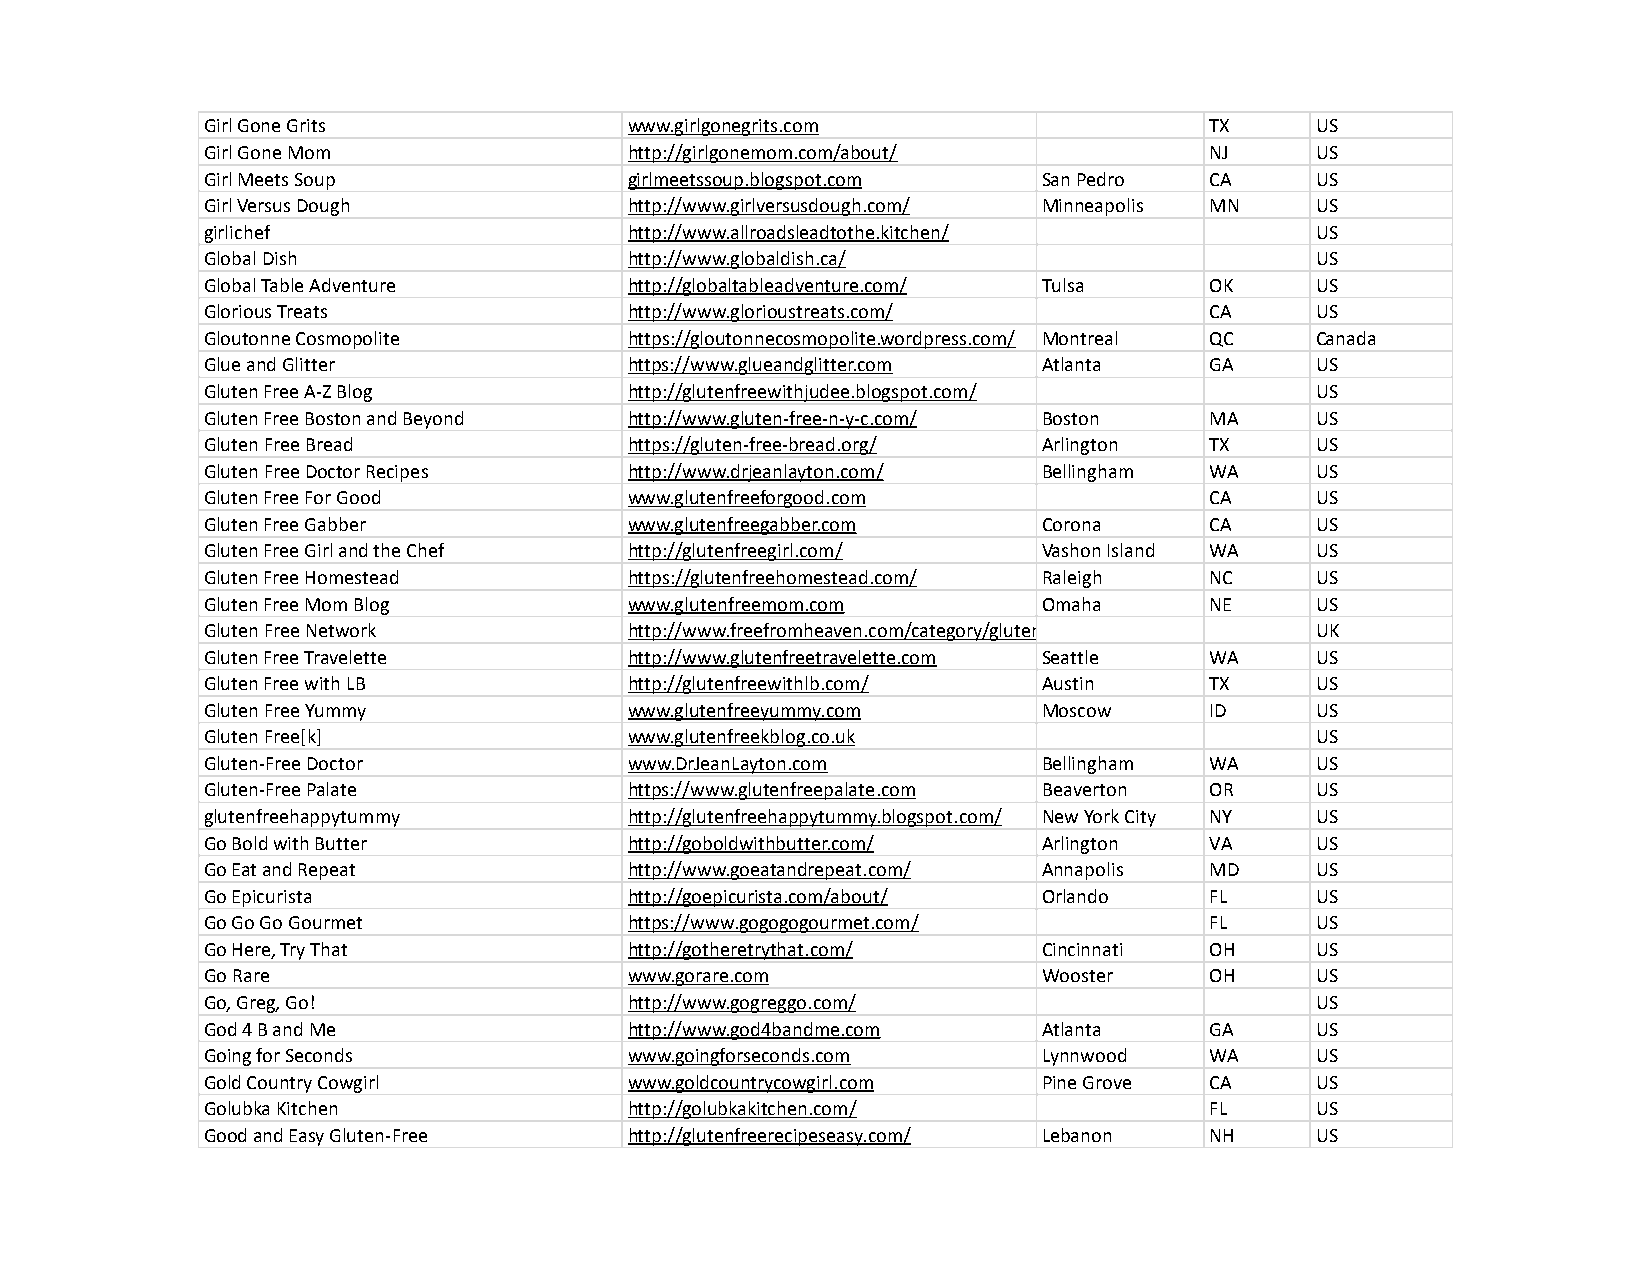
Girl Gone Grits             www.girlgonegrits.com                 TX     US
 Girl Gone Mom               http://girlgonemom.com/about/         NJ     US
 Girl Meets Soup             girlmeetssoup.blogspot.com San Pedro  CA     US
 Girl Versus Dough           http://www.girlversusdough.com/ Minneapolis MN US
 girlichef                   http://www.allroadsleadtothe.kitchen/        US
 Global Dish                 http://www.globaldish.ca/                    US
 Global Table Adventure      http://globaltableadventure.com/ Tulsa OK    US
 Glorious Treats             http://www.glorioustreats.com/        CA     US
 Gloutonne Cosmopolite       https://gloutonnecosmopolite.wordpress.com/ Montreal QC Canada
 Glue and Glitter            https://www.glueandglitter.com Atlanta GA    US
 Gluten Free A-Z Blog        http://glutenfreewithjudee.blogspot.com/     US
 Gluten Free Boston and Beyond http://www.gluten-free-n-y-c.com/ Boston MA US
 Gluten Free Bread           https://gluten-free-bread.org/ Arlington TX  US
 Gluten Free Doctor Recipes  http://www.drjeanlayton.com/ Bellingham WA   US
 Gluten Free For Good        www.glutenfreeforgood.com             CA     US
 Gluten Free Gabber          www.glutenfreegabber.com   Corona     CA     US
 Gluten Free Girl and the Chef http://glutenfreegirl.com/ Vashon Island WA US
 Gluten Free Homestead       https://glutenfreehomestead.com/ Raleigh NC  US
 Gluten Free Mom Blog        www.glutenfreemom.com      Omaha      NE     US
 Gluten Free Network         http://www.freefromheaven.com/category/gluten-free-diet/ UK
 Gluten Free Travelette      http://www.glutenfreetravelette.com Seattle WA US
 Gluten Free with LB         http://glutenfreewithlb.com/ Austin   TX     US
 Gluten Free Yummy           www.glutenfreeyummy.com    Moscow     ID     US
 Gluten Free[k]              www.glutenfreekblog.co.uk                    US
 Gluten-Free Doctor          www.DrJeanLayton.com       Bellingham WA     US
 Gluten-Free Palate          https://www.glutenfreepalate.com Beaverton OR US
 glutenfreehappytummy        http://glutenfreehappytummy.blogspot.com/ New York City NY US
 Go Bold with Butter         http://goboldwithbutter.com/ Arlington VA    US
 Go Eat and Repeat           http://www.goeatandrepeat.com/ Annapolis MD  US
 Go Epicurista               http://goepicurista.com/about/ Orlando FL    US
 Go Go Go Gourmet            https://www.gogogogourmet.com/        FL     US
 Go Here, Try That           http://gotheretrythat.com/ Cincinnati OH     US
 Go Rare                     www.gorare.com             Wooster    OH     US
 Go, Greg, Go!               http://www.gogreggo.com/                     US
 God 4 B and Me              http://www.god4bandme.com  Atlanta    GA     US
 Going for Seconds           www.goingforseconds.com    Lynnwood   WA     US
 Gold Country Cowgirl        www.goldcountrycowgirl.com Pine Grove CA     US
 Golubka Kitchen             http://golubkakitchen.com/            FL     US
 Good and Easy Gluten-Free   http://glutenfreerecipeseasy.com/ Lebanon NH US